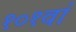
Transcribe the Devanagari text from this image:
१०१वां